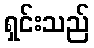
ရှင်းသည်